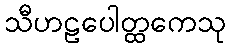
သီဟဠပေါတ္ထကေသု